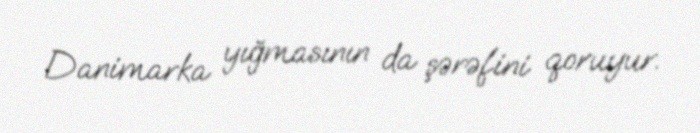
Danimarka yığmasının da şərəfini qoruyur.